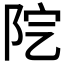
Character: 𨸵